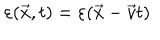
\varepsilon ( \vec { x } , t ) = \varepsilon ( \vec { x } - \vec { v } t )